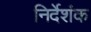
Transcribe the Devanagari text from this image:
निर्देशंक